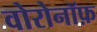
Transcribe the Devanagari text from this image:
वोरोनॉफ़